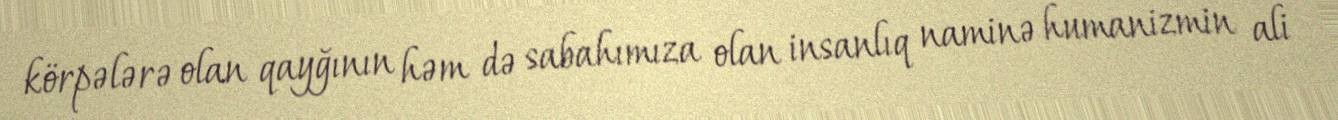
körpələrə olan qayğının həm də sabahımıza olan insanlıq naminə humanizmin ali